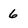
Character: 6